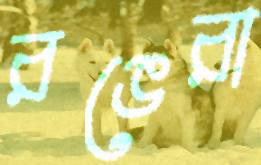
রঙেরা